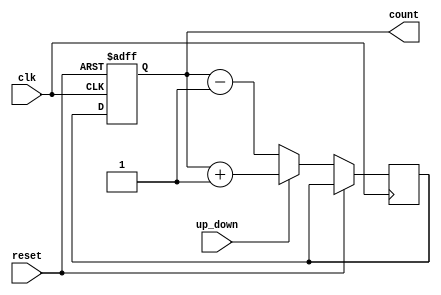
module UpDownGrayCounter (
    input clk,
    input reset,
    input up_down,
    output reg [3:0] count
);

reg [3:0] next_count;

always @(posedge clk or posedge reset) begin
    if (reset) begin
        count <= 4'b0000;
    end else begin
        if (up_down) begin
            next_count <= count + 1;
        end else begin
            next_count <= count - 1;
        end
        
        count <= next_count;
    end
end

endmodule